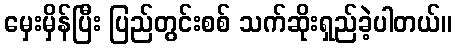
မှေးမှိန်ပြီး ပြည်တွင်းစစ် သက်ဆိုးရှည်ခဲ့ပါတယ်။